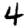
Digit: 4